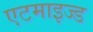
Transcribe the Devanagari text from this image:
एटमाइज्ड